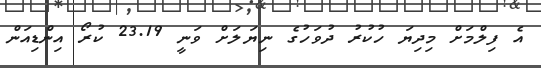
އެ ފިލްމަށް މިދިޔަ ހުކުރު ދުވަހުގެ ނިޔަލަށް ވަނީ 23.19 ކުރޯ އިންޑިއަން